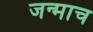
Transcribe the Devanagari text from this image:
जन्माच